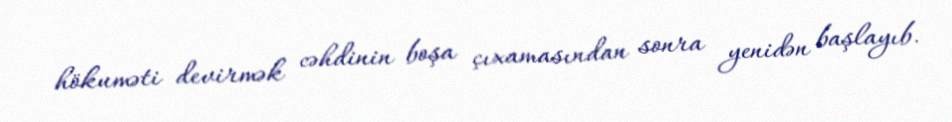
hökuməti devirmək cəhdinin boşa çıxamasından sonra yenidən başlayıb.